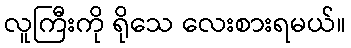
လူကြီးကို ရိုသေ လေးစားရမယ်။